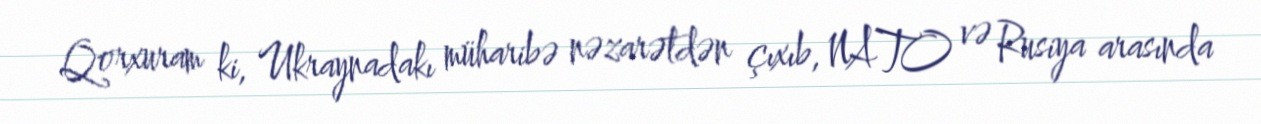
Qorxuram ki, Ukraynadakı müharibə nəzarətdən çıxıb, NATO və Rusiya arasında